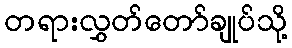
တရားလွှတ်တော်ချုပ်သို့